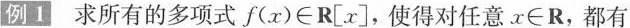
例1 求所有的多项式f(x)\in R[x]，使得对任意。x\in R，都有